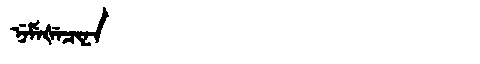
Manchu: ᠨᡝᠮᡝᡧᡝᠴᡳᠨᠠ
Romanization: NEMEŠECINA